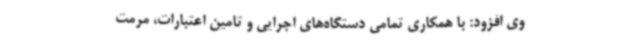
وی افزود: با همکاری تمامی دستگاه‌های اجرایی و تامین اعتبارات، مرمت